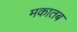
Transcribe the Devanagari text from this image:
मकातब